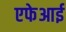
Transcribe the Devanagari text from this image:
एफेआई